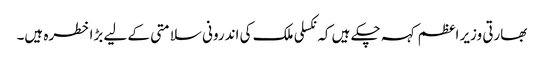
بھارتی وزیر اعظم کہہ چکے ہیں کہ نکسلی ملک کی اندرونی سلامتی کے لیے بڑا خطرہ ہیں۔